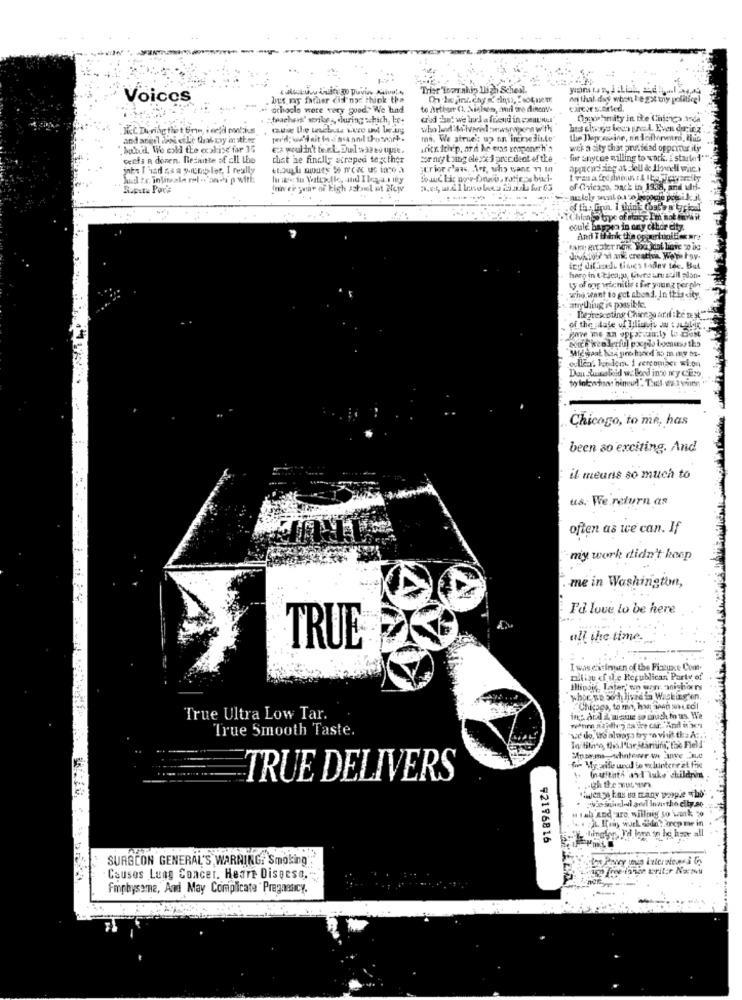
Trier'Loan.ahip llich Scheil.
Voices
an thal day when he got my politice!
- ochoclo were very good" We had
to Arthur Ct, Nielsen, and aro dinon-
carcer started.
. : teachers' smile , during schich, he-
Oprahmity in the Chimica arda
who led to'lvered :wwwstwa with
mn. We struet up on imreslitle
"hotbud We cold the eczkise far 15
Ex wouldn't be zt. Jul wareo upse.
ifitx. Ithip, ard he was vesponeth'n
wer a sity that prutidad oppcrous ity
ceefa a dozen. Redante of all the
that he finally scraped to ther
borny taing eleyx 1 proc deot of the
for anycoe willing to work. I started **
ints I vad as a pieno lar, I really
;trior claas, Art, who want 1 1)
appen Fing at Hell de Howell witc.
Sud tr. inlineala rel -'anch'p with
Rupste Por's
of Chicago, back in 1338, and utf-
could happen in any cibor city.
And Tiflink the opportunities are
Juicio ? vi and creative. We're Fov-
hero in (Etica;), Chene ant still pion-
Ly of og wicnitie : for young perple
who want to get abend. In this city.
mrything is possible.
The frescoting Chice go ard : ke nyt"
of the state of Tilinvis Ja : Alic.
Miggaat han pro fucked so many no-
Dou Juicetid w. Loed ino wy CEzo
Chicogo, to me, has
been so exciting. And
il meuns so much to
us. We return as
often as we can. If
my work didn't keep
me in Washington,
I'd love to be here
TRUE
all the time.
I waschisinnen of the Fiztuact Com.
milise of of e Republican Party of
Illinois,Later' on won nighorns
whor so boch livad in Washington.
Chicago, to ma, har apan scol
True Ultra Low Tar.
ings ard & issue so much to us. We
True Smooth Taste.
her My wife unal to eluntere at frie
TRUE DELIVERS
(nuitath as I'take children
***
tab and'are, willnig to work 20
92196816
SURGEON GENERAL'S WARNING. Smoking".
Causes Lung Cancer. Heare Disgeso.
Fmpbysame, And May Complicate Pregnancy.